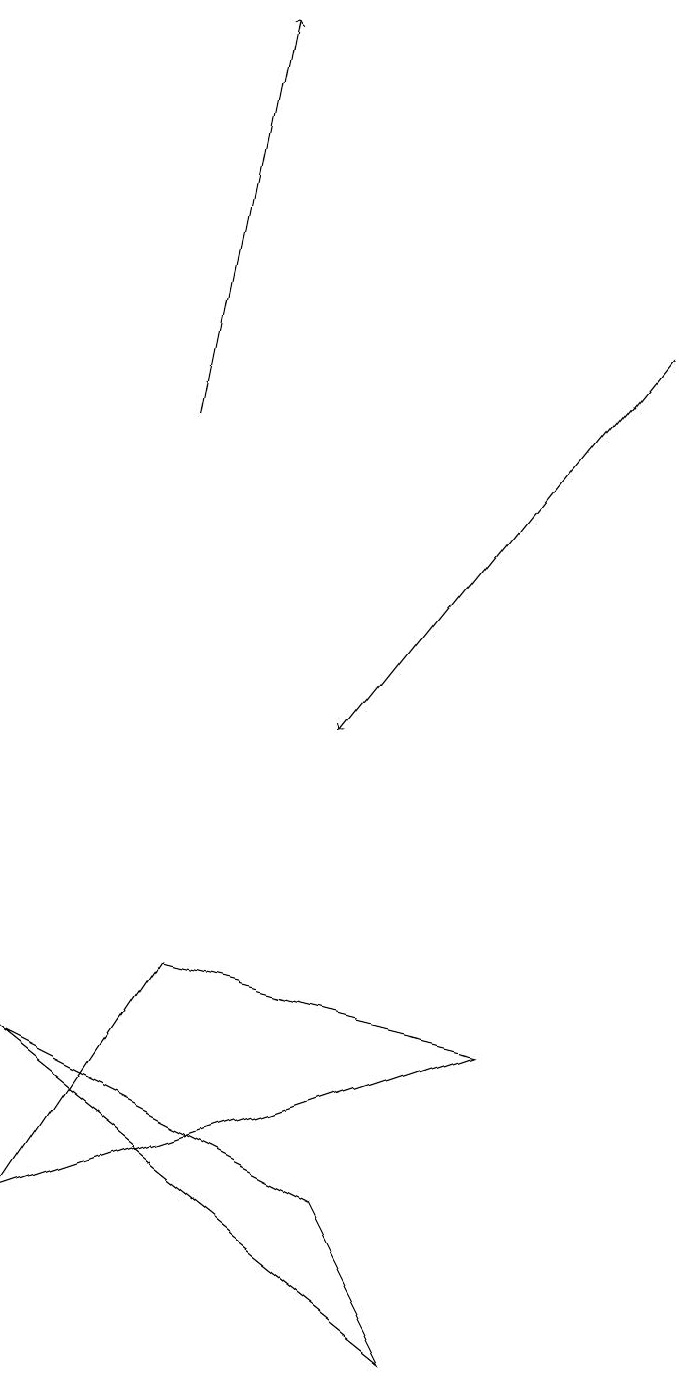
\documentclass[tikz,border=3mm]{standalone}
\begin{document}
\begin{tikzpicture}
\draw (4,4) -- (0,6) -- (5,2) -- cycle;
\draw[->] (2,14) -- (3,19);
\draw (2,7) -- (0,4) -- (6,6) -- cycle;
\draw[->] (8,15) -- (4,10);
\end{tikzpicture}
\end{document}